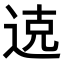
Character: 𫐦